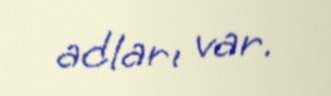
adları var.